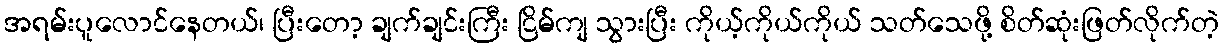
အရမ်းပူလောင်နေတယ်၊ ပြီးတော့ ချက်ချင်းကြီး ငြိမ်ကျ သွားပြီး ကိုယ့်ကိုယ်ကိုယ် သတ်သေဖို့ စိတ်ဆုံးဖြတ်လိုက်တဲ့